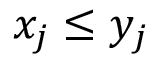
x _ { j } \le y _ { j }